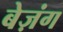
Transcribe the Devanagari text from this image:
बेज़ंग